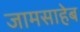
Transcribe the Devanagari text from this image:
जामसाहेब